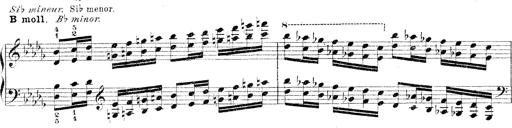
Title: Technische Studien
Composer: Franz Liszt